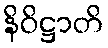
နိဝိဋ္ဌာတိ